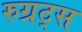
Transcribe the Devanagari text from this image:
रुग्रट्स